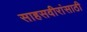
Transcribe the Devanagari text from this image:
साहसवीरांसाठी